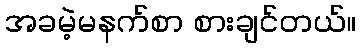
အခမဲ့မနက်စာ စားချင်တယ်။